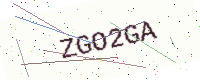
Text: ZGO2GA